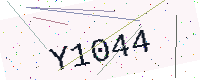
Text: Y1044